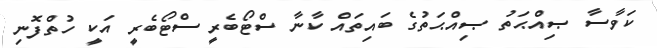
ކަވާސާ ޞިއްޙަތު ޞިއްޙަތުގެ ބައިތައް ކާނާ ސްޓޯބެރީ ސްޓޯބެރީ އަކީ ހުތްފޮނި